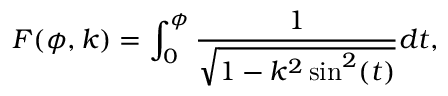
F ( \phi , k ) = \int _ { 0 } ^ { \phi } { \frac { 1 } { \sqrt { 1 - k ^ { 2 } \sin ^ { 2 } ( t ) } } } d t ,